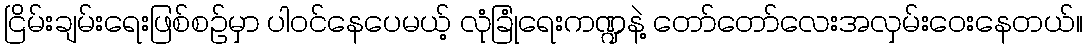
ငြိမ်းချမ်းရေးဖြစ်စဉ်မှာ ပါဝင်နေပေမယ့် လုံခြုံရေးကဏ္ဍနဲ့ တော်တော်လေးအလှမ်းဝေးနေတယ်။